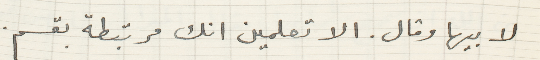
لابيها وقال. الا تعلمين انك مرتبطة بقسم.